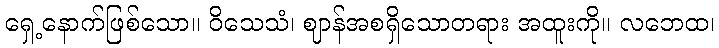
ရှေ့နောက်ဖြစ်သော။ ဝိသေသံ၊ ဈာန်အစရှိသောတရား အထူးကို။ လဘေထ၊